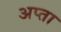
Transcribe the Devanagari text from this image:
अप्ता